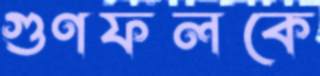
গুণফলকে